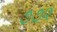
૭૭૨